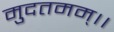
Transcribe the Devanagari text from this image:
मुदतमम्।।